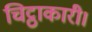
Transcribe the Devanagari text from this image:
चिट्ठाकारी।